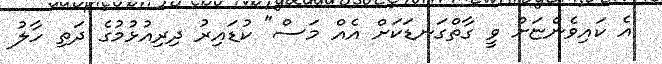
އެ ކައިވެންޏަށް ވީ ގާތްގަނޑަކަށް އެއް މަސް" ކުޑައިރު ދިރިއުޅުމުގެ ދަތި ހާލު